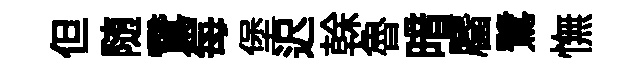
但随鵞每堡迟𠏉魯暗麕鷺憮